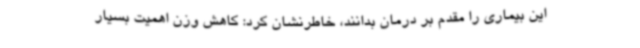
این بیماری را مقدم بر درمان بدانند، خاطرنشان کرد: کاهش وزن اهمیت بسیار